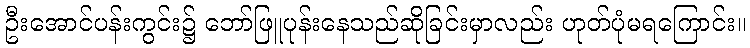
ဦးအောင်ပန်းကွင်း၌ ဘော်ဖြူပုန်းနေသည်ဆိုခြင်းမှာလည်း ဟုတ်ပုံမရကြောင်း။